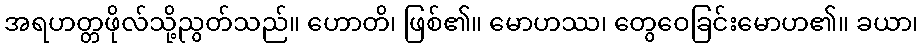
အရဟတ္တဖိုလ်သို့ညွတ်သည်။ ဟောတိ၊ ဖြစ်၏။ မောဟဿ၊ တွေဝေခြင်းမောဟ၏။ ခယာ၊